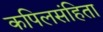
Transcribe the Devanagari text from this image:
कपिलसंहिता